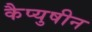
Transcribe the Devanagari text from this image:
कैप्युषीन